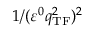
1 / ( \varepsilon ^ { 0 } q _ { \mathrm { T F } } ^ { 2 } ) ^ { 2 }